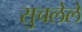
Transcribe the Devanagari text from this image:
सुचलेले